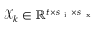
\mathcal { X } _ { k } \in \mathbb { R } ^ { t \times s _ { \mathrm { ~ i ~ } } \times s _ { \mathrm { ~ x ~ } } }